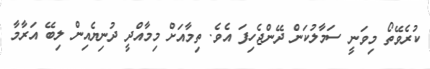
ކުރެވޭތޯ މިވަނީ ސަމާލުކަން ދޭންޖެހިފަ އެވެ. ތިމާއަށް މިމާއްދީ ދުނިޔެއިން ލިބޭ އަރާމާ